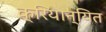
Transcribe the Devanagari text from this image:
क्रियान्यित